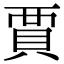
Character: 賈